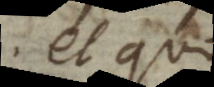
et quo